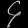
Digit: ၄